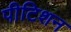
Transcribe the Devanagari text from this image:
पीटिशन